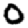
Digit: 0